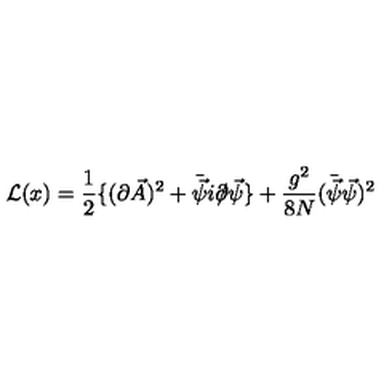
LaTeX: { \cal L } ( x ) = { \frac { 1 } { 2 } } \{ ( \partial \vec { A } ) ^ { 2 } + \bar { \vec { \psi } } i \partial \llap / \vec { \psi } \} + { \frac { g ^ { 2 } } { 8 N } } ( \bar { \vec { \psi } } \vec { \psi } ) ^ { 2 }